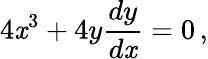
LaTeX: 4\mathit{x}^{3}+4y{\frac{{dy}}{{d\mathit{x}}}}=0\, ,